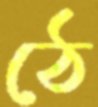
ঠে